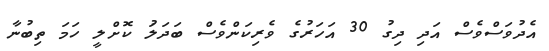
އެދުވަސްވެސް އަދި ދިގު 30 އަހަރުގެ ވެރިކަންވެސް ބަދަލަު ކޮށްލީ ހަމަ ތިބުނާ